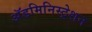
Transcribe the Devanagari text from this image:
अॅडमिनिस्ट्रेशन